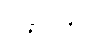
ရှိခဲ့သော